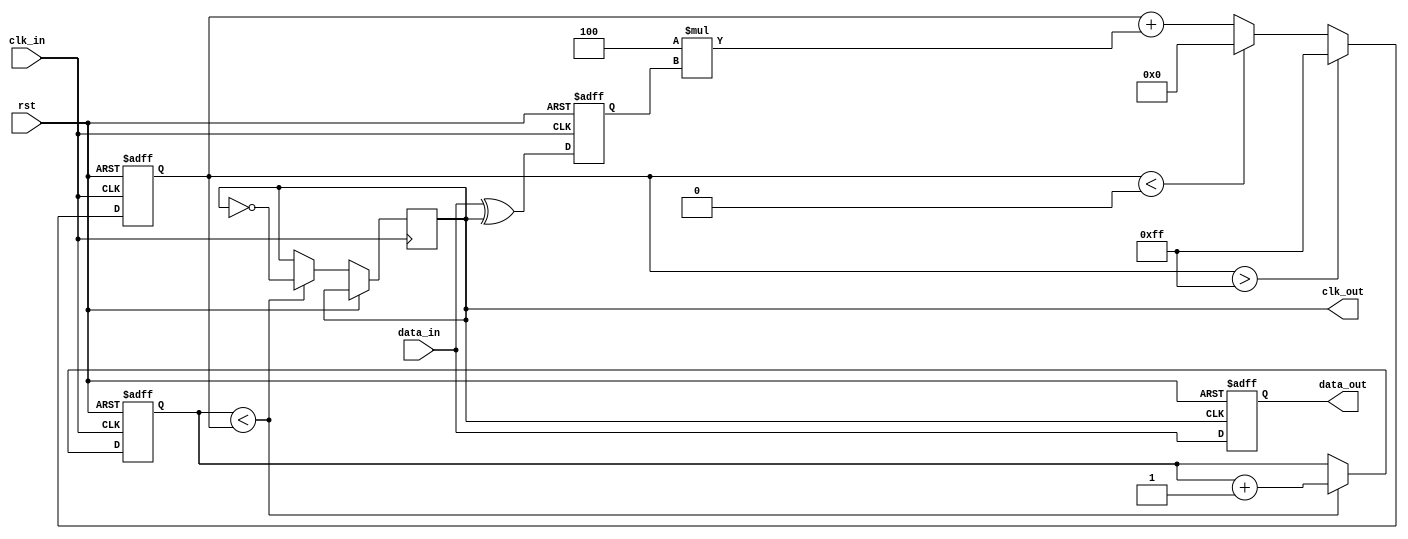
module pll_synchronizer (
    input wire clk_in,         // Incoming clock signal (data signal)
    input wire rst,            // Reset signal
    input wire data_in,        // Incoming data signal
    output wire clk_out,       // Synchronized output clock
    output reg data_out        // Synchronized output data
);

    // Parameters
    parameter integer VCO_MAX_FREQ = 100; // Max frequency of VCO
    parameter integer VCO_MIN_FREQ = 1;    // Min frequency of VCO
    parameter integer LF_GAIN = 4;          // Gain for loop filter

    // Internal signals
    reg [7:0] vco_count;                    // VCO counter
    reg [7:0] loop_filter;                  // Loop filter value
    reg vco_clk;                            // VCO clock signal
    reg phase_error;                        // Phase error signal

    // Phase Detector (PD)
    always @(posedge clk_in or posedge rst) begin
        if (rst) begin
            phase_error <= 1'b0;
        end else begin
            // Simple phase detection logic
            phase_error <= data_in ^ vco_clk;
        end
    end

    // Loop Filter (LF)
    always @(posedge clk_in or posedge rst) begin
        if (rst) begin
            loop_filter <= 8'h00; // Reset loop filter
        end else begin
            loop_filter <= loop_filter + (LF_GAIN * phase_error); // Filter the error signal
            // Ensure loop filter stays within bounds
            if (loop_filter > 8'hFF)
                loop_filter <= 8'hFF;
            else if (loop_filter < 8'h00)
                loop_filter <= 8'h00;
        end
    end

    // Voltage-Controlled Oscillator (VCO)
    always @(posedge clk_in or posedge rst) begin
        if (rst) begin
            vco_count <= VCO_MIN_FREQ; // Initialize VCO count
        end else begin
            // Simple VCO logic based on loop filter
            if (vco_count < loop_filter) begin
                vco_count <= vco_count + 1'b1;
                vco_clk <= ~vco_clk; // Toggle VCO clock signal
            end
        end
    end

    // Output Clock Generation
    assign clk_out = vco_clk;

    // Data Synchronization
    always @(posedge clk_out or posedge rst) begin
        if (rst) begin
            data_out <= 1'b0; // Reset output data
        end else begin
            data_out <= data_in; // Capture synchronized data
        end
    end

endmodule